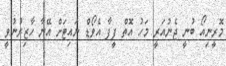
މޮރީނިއޯ ބުނީ ޖެނުއަރީ މަހު އޮތް ފީފާ އެވޯޑް ނައިޓަށް އޭނާ ހާޒިރުނުވީ